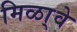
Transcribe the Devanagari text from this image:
मिळा्वे